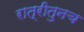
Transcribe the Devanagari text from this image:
रात्रीतुनच